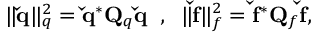
\| \mathbf { \check { q } } \| _ { q } ^ { 2 } = \mathbf { \check { q } } ^ { * } \mathbf { Q } _ { q } \mathbf { \check { q } } \; \; , \; \; \| \mathbf { \check { f } } \| _ { f } ^ { 2 } = \mathbf { \check { f } } ^ { * } \mathbf { Q } _ { f } \mathbf { \check { f } } ,